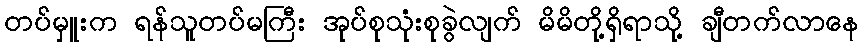
တပ်မှူးက ရန်သူတပ်မကြီး အုပ်စုသုံးစုခွဲလျက် မိမိတို့ရှိရာသို့ ချီတက်လာနေ